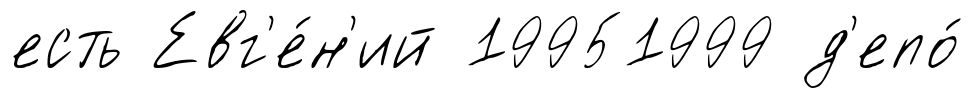
есть Евг'е́н'ий 19951999 д'епо́